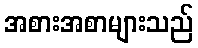
အစားအစာများသည်